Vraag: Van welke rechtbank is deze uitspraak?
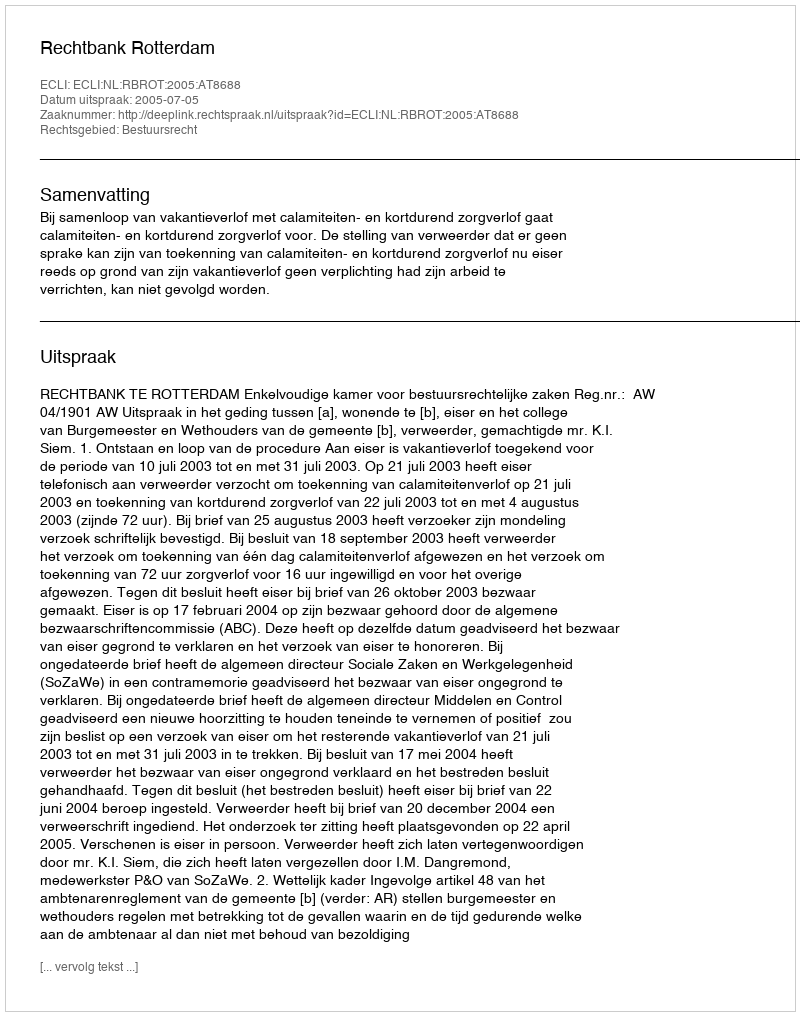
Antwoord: Rechtbank Rotterdam